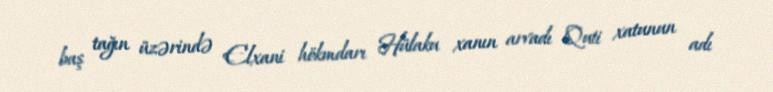
baş tağın üzərində Elxani hökmdarı Hülaku xanın arvadı Quti xatunun adı